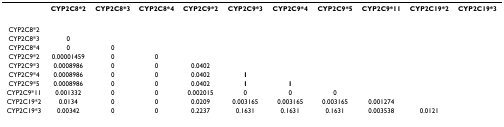
<table><thead><tr><td></td><td><b>CYP2C8*2</b></td><td><b>CYP2C8*3</b></td><td><b>CYP2C8*4</b></td><td><b>CYP2C9*2</b></td><td><b>CYP2C9*3</b></td><td><b>CYP2C9*4</b></td><td><b>CYP2C9*5</b></td><td><b>CYP2C9*11</b></td><td><b>CYP2C19*2</b></td><td><b>CYP2C19*3</b></td></tr></thead><tbody><tr><td>CYP2C8*2</td><td></td><td></td><td></td><td></td><td></td><td></td><td></td><td></td><td></td><td></td></tr><tr><td>CYP2C8*3</td><td>0</td><td></td><td></td><td></td><td></td><td></td><td></td><td></td><td></td><td></td></tr><tr><td>CYP2C8*4</td><td>0</td><td>0</td><td></td><td></td><td></td><td></td><td></td><td></td><td></td><td></td></tr><tr><td>CYP2C9*2</td><td>0.00001459</td><td>0</td><td>0</td><td></td><td></td><td></td><td></td><td></td><td></td><td></td></tr><tr><td>CYP2C9*3</td><td>0.0008986</td><td>0</td><td>0</td><td>0.0402</td><td></td><td></td><td></td><td></td><td></td><td></td></tr><tr><td>CYP2C9*4</td><td>0.0008986</td><td>0</td><td>0</td><td>0.0402</td><td><b>1</b></td><td></td><td></td><td></td><td></td><td></td></tr><tr><td>CYP2C9*5</td><td>0.0008986</td><td>0</td><td>0</td><td>0.0402</td><td><b>1</b></td><td><b>1</b></td><td></td><td></td><td></td><td></td></tr><tr><td>CYP2C9*11</td><td>0.001332</td><td>0</td><td>0</td><td>0.002015</td><td>0</td><td>0</td><td>0</td><td></td><td></td><td></td></tr><tr><td>CYP2C19*2</td><td>0.0134</td><td>0</td><td>0</td><td>0.0209</td><td>0.003165</td><td>0.003165</td><td>0.003165</td><td>0.001274</td><td></td><td></td></tr><tr><td>CYP2C19*3</td><td>0.00342</td><td>0</td><td>0</td><td>0.2237</td><td>0.1631</td><td>0.1631</td><td>0.1631</td><td>0.003538</td><td>0.0121</td><td></td></tr></tbody></table>